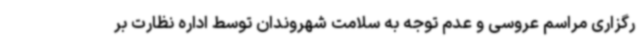
رگزاری مراسم عروسی و عدم توجه به سلامت شهروندان توسط اداره نظارت بر